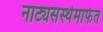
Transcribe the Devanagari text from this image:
नाट्यसंस्थेमार्फत